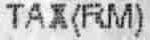
TAX(RM)